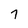
Character: 7